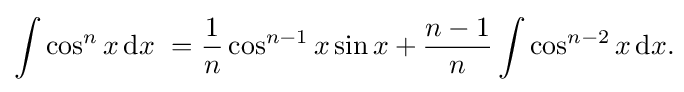
\int \cos ^{n}x\,{\text{d}}x\ ={\frac {1}{n}}\cos ^{n-1}x\sin x+{\frac {n-1}{n}}\int \cos ^{n-2}x\,{\text{d}}x.\!